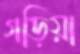
গড়িয়া